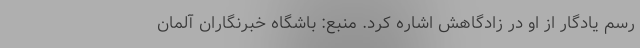
رسم یادگار از او در زادگاهش اشاره کرد. منبع: باشگاه خبرنگاران آلمان